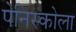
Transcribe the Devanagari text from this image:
पेनिस्कोला